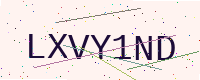
Text: LXVY1ND